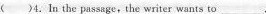
( )4.In the passage, the writer wants to___.